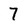
Character: 7